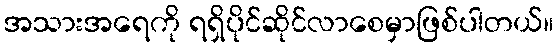
အသားအရေကို ရရှိပိုင်ဆိုင်လာစေမှာဖြစ်ပါတယ်။